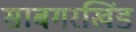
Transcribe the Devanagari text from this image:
साबगरखिंड